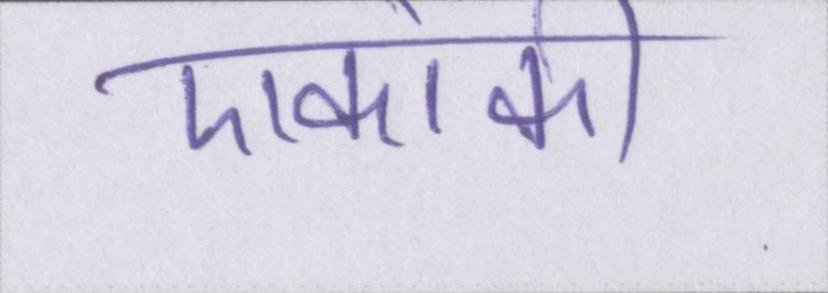
एकांकी